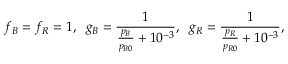
f _ { B } = f _ { R } = 1 , \; \; g _ { B } = \frac { 1 } { \frac { p _ { B } } { p _ { B 0 } } + 1 0 ^ { - 3 } } , \; \; g _ { R } = \frac { 1 } { \frac { p _ { R } } { p _ { R 0 } } + 1 0 ^ { - 3 } } ,